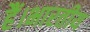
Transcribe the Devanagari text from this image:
हैं।भारतीय